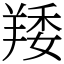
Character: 䍴